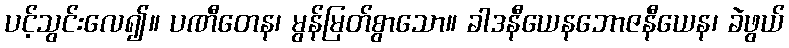
ပင့်သွင်းလေ၍။ ပဏီတေန၊ မွန်မြတ်စွာသော။ ခါဒနီယေနဘောဇနီယေန၊ ခဲဖွယ်